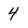
Character: 4